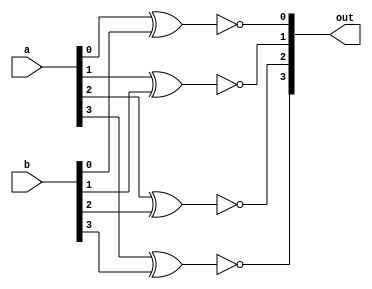
`timescale 1ns / 1ps
//////////////////////////////////////////////////////////////////////////////////
// Company: 
// Engineer: 
// 
// Design Name: 
// Module Name: four_xnor
// Project Name: 
// Target Devices: 
// Tool Versions: 
// Description: 
// 
// Dependencies: 
// 
// Revision:
// Revision 0.01 - File Created
// Additional Comments:
// 
//////////////////////////////////////////////////////////////////////////////////

`timescale 1ns / 1ps

module four_xnor(a, b, out);

input [3:0]a;
input [3:0]b;
output [3:0]out;

xnor  zero(out[0], a[0], b[0]);
xnor one(out[1], a[1], b[1]);
xnor two(out[2], a[2], b[2]);
xnor three(out[3], a[3], b[3]);

endmodule
// When 0000 and 0000 at end, get 1111. Why?